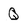
Character: Q